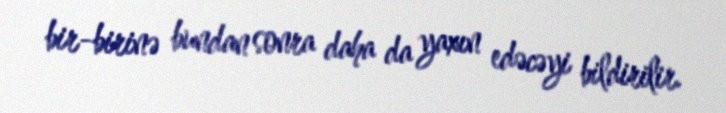
bir-birinə bundan sonra daha da yaxın edəcəyi bildirilir.